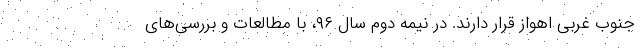
جنوب غربی اهواز قرار دارند. در نیمه دوم سال ۹۶، با مطالعات و بررسی‌های